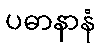
ပဓာနာနံ